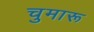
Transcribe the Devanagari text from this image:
चुमारू